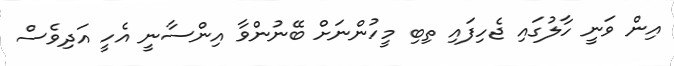
އިން ވަނީ ހާލުގައި ޖެހިފައި ތިބި މީހުންނަށް ބޭނުންވާ އިންސާނީ އެހީ އަދިވެސް